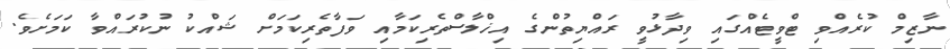
ނާޒިމް ކުރެއްވި ޓްވީޓެއްގައި ވިދާޅުވީ ރައްޔިތުންގެ އިޚްލާސްތެރިކަމާއި ވަފާތެރިކަމަށް ޝައްކު ނުކުރައްވާ ކަމަަށެވެ.